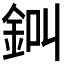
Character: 𨦀